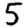
Digit: 5